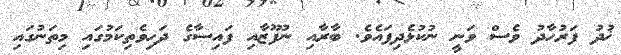
ޚުދު ފަރުހާދު ވެސް ވަނީ ނުކުޅެދިފައެވެ. ބާރާއި ނުފޫޒާއި ފައިސާގެ ދަހިވެތިކަމުގައި މިތަނުގައި